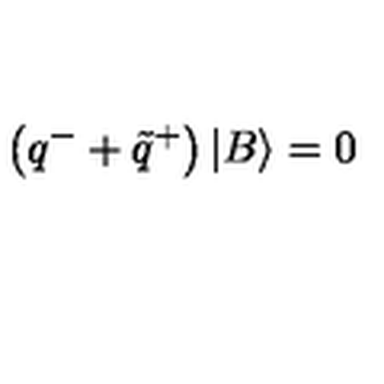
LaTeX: \left( q ^ { - } + \tilde { q } ^ { + } \right) \left| B \right\rangle = 0